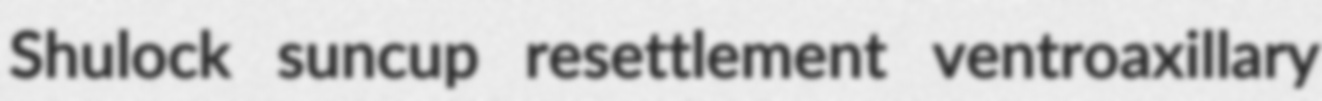
Shulock suncup resettlement ventroaxillary